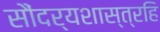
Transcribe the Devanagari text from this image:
सौंदर्यशास्त्रहि